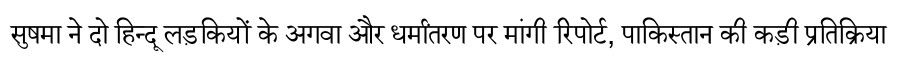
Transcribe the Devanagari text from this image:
सुषमा ने दो हिन्दू लड़कियों के अगवा और धर्मांतरण पर मांगी रिपोर्ट, पाकिस्तान की कड़ी प्रतिक्रिया